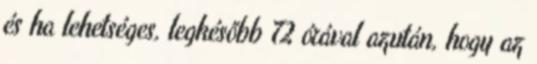
és ha lehetséges, legkésőbb 72 órával azután, hogy az